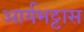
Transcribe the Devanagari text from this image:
आर्यभट्टास